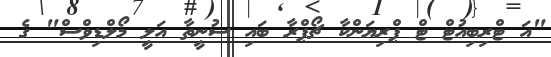
"އަ ޓްރިބިއުޓް ޓް ޕްރިޔަންކާ ޗޯޕްރާ ބައި ސުނީތާ އަލީ މޯލްޑިވްސް" ގެ